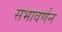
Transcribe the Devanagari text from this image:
सभावर्णन